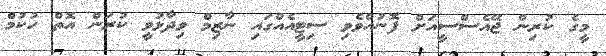
މީގެ ކުރިން ޖޭއެސްސީއަށް ފޮނުއްވެވި ސިޓީއެއްގައި ނާޒިމް ވިދާޅުވީ ކުރަން އޮތް ހުކުމް